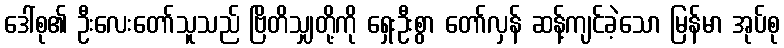
ဒေါ်စု၏ ဦးလေးတော်သူသည် ဗြိတိသျှတို့ကို ရှေးဦးစွာ တော်လှန် ဆန့်ကျင်ခဲ့သော မြန်မာ အုပ်စု